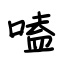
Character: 嗑